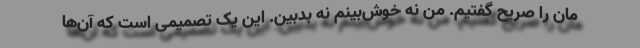
مان را صریح گفتیم. من نه خوش‌بینم نه بدبین. این یک تصمیمی است که آن‌ها